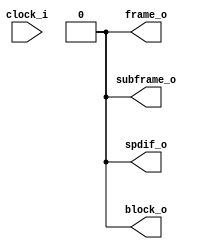
// This program was cloned from: https://github.com/sam210723/fpga
// License: MIT License

module spdif (
  input  clock_i,     // S/PDIF clock
  output spdif_o,     // S/PDIF output
  output block_o,     // Block status output
  output frame_o,     // Frame status output
  output subframe_o   // Sub-frame status output
);

  // Sub-frame preambles
  localparam preamble_b = 8'b11101000;  // Channel 1 (Left) and start of block
  localparam preamble_m = 8'b11100010;  // Channel 1 (Left)
  localparam preamble_w = 8'b11100100;  // Channel 2 (Right) or higher

  assign spdif_o = 0;
  assign block_o = 0;
  assign frame_o = 0;
  assign subframe_o = 0;
endmodule